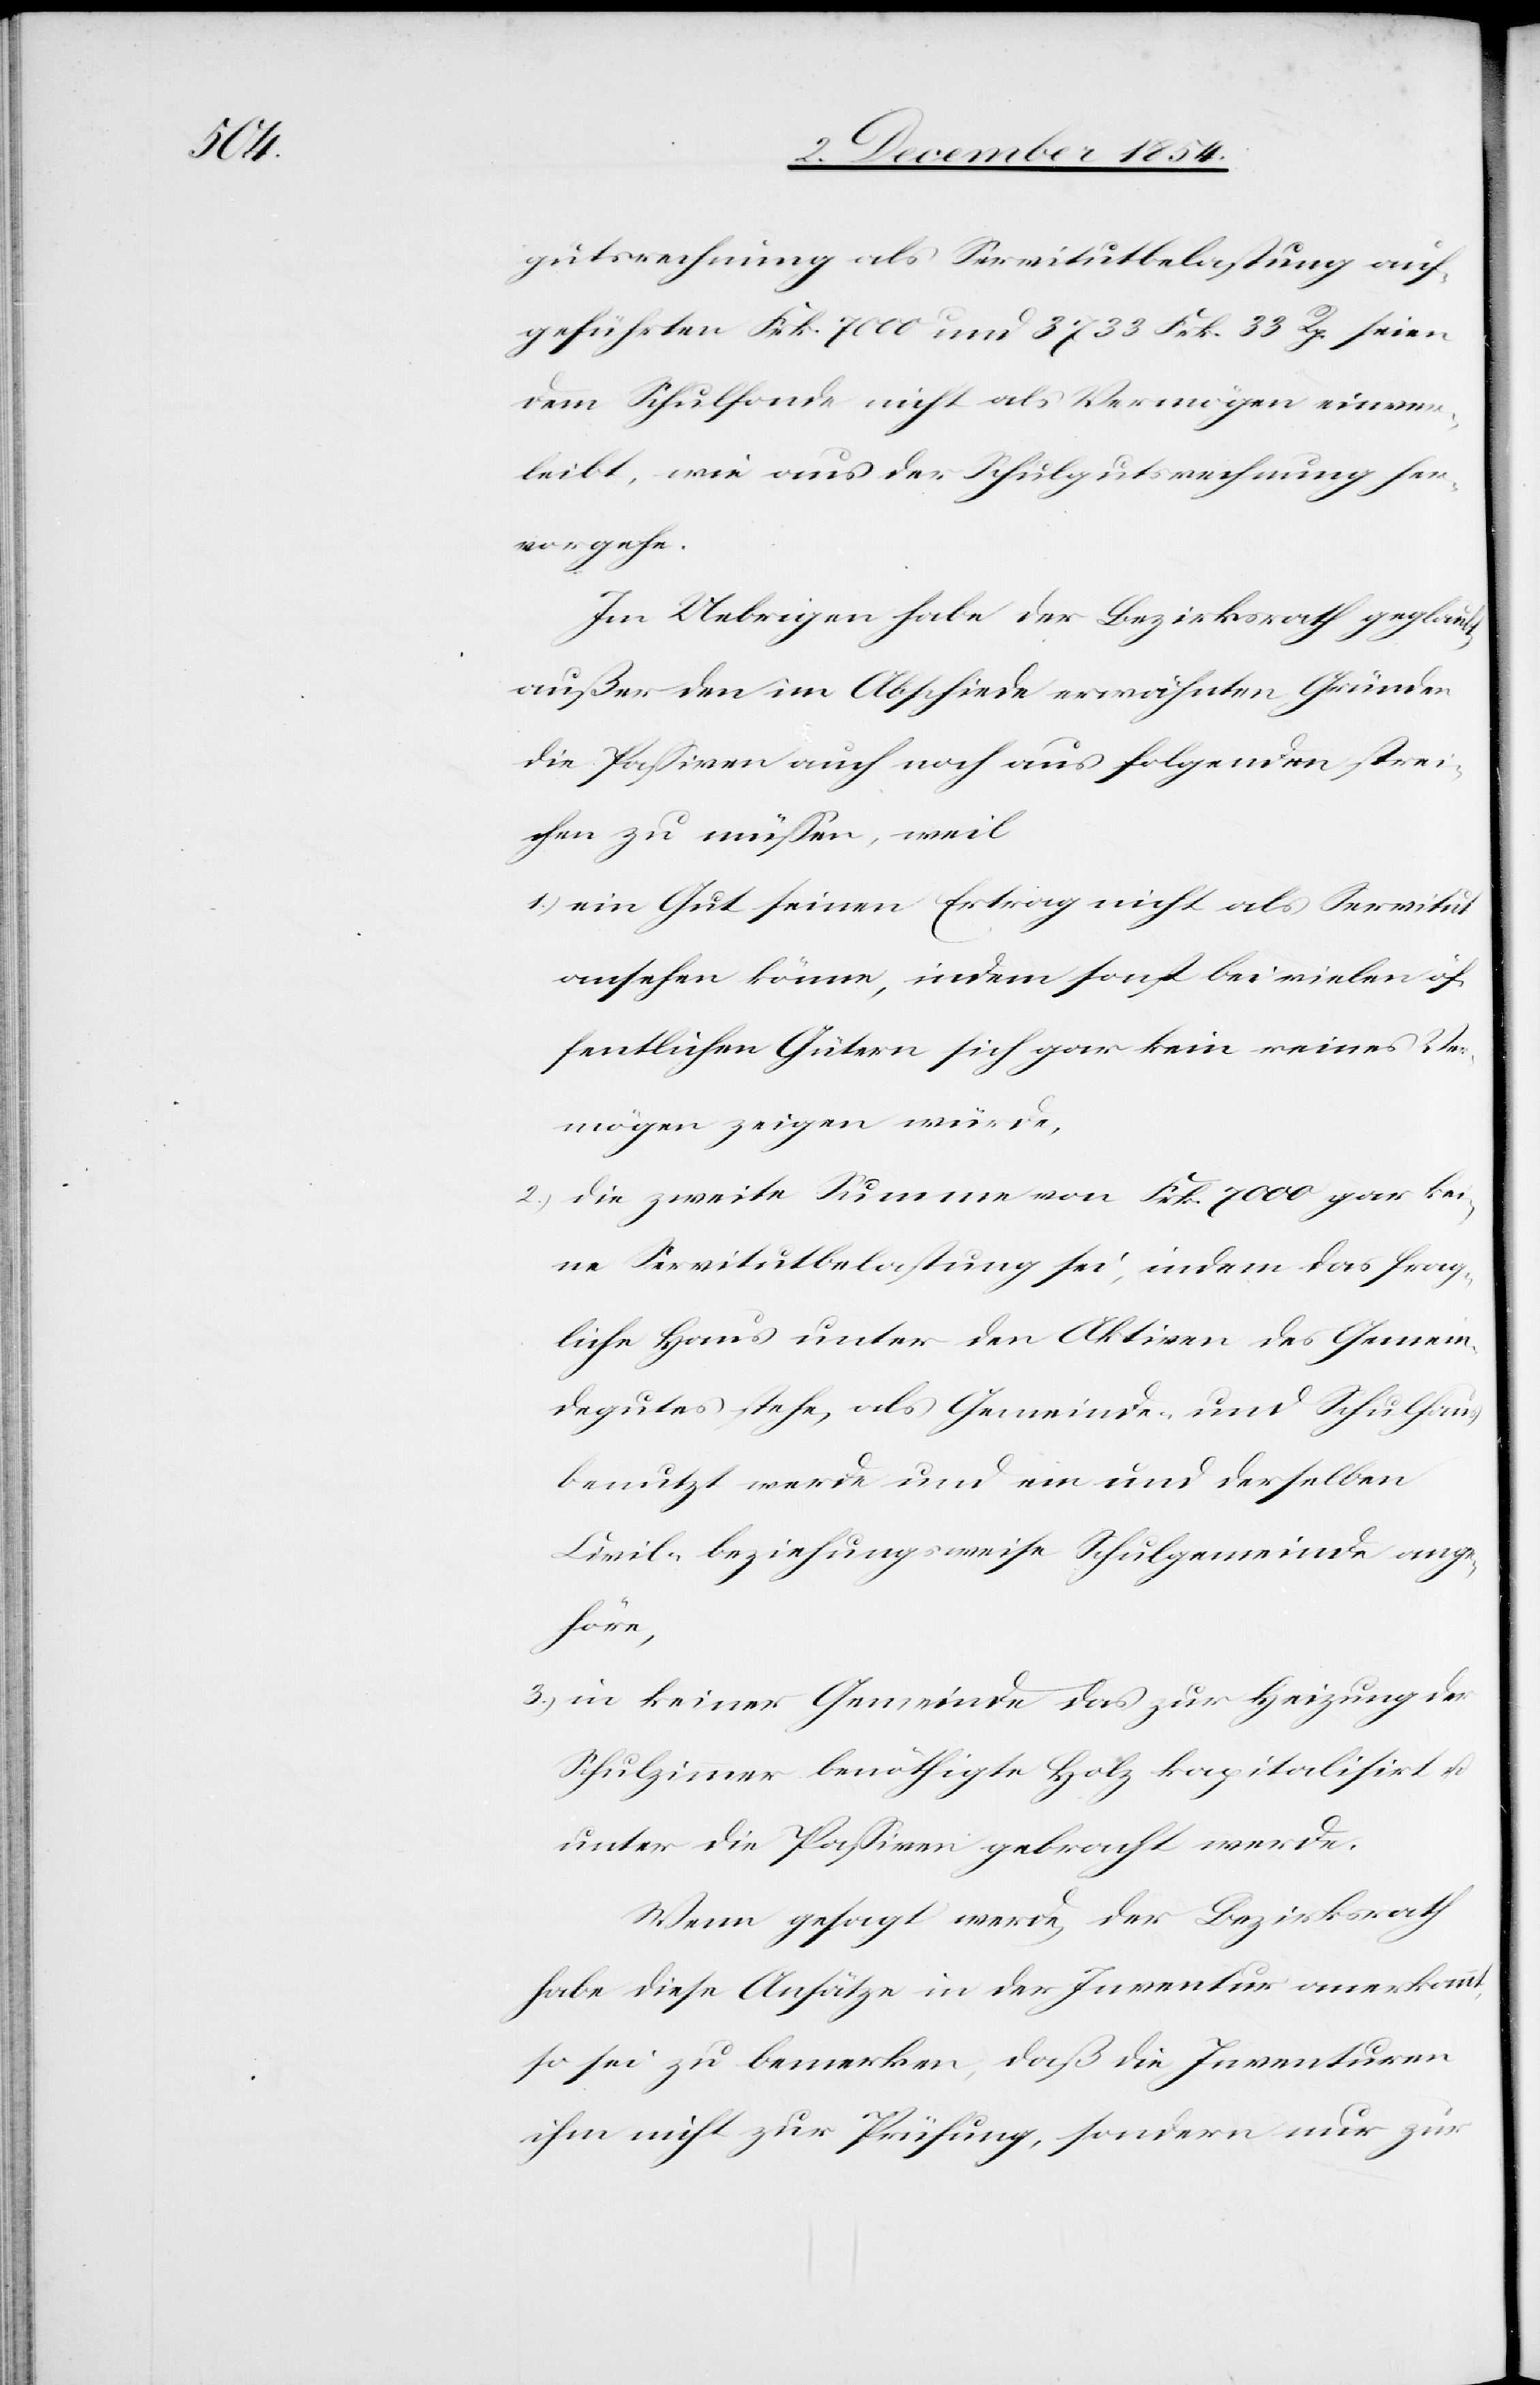
gutsrechnung als Servitutbelastung auf¬
geführten Frk. 7000 und 3733 Frk. 33 Rp. seien
dem Schulfonde nicht als Vermögen einver¬
leibt, wie aus der Schulgutsrechnung her¬
vorgehe.
Im Uebrigen habe der Bezirksrath geglaubt,
außer den im Abschiede erwähnten Gründen
die Paßiven auch noch aus folgenden strei¬
chen zu müßen, weil
1.) ein Gut seinen Ertrag nicht als Servitut
ansehen könne, indem sonst bei vielen öf¬
fentlichen Gütern sich gar kein reines Ver¬
mögen zeigen würde,
2.) die zweite Summe von Frk. 7000 gar kei¬
ne Servitutbelastung sei, indem das frag¬
liche Haus unter den Aktiven des Gemein¬
degutes stehe, als Gemeinde- und Schulhaus
benutzt werde und ein und derselben
Civil- beziehungsweise Schulgemeinde ange¬
höre,
3.) in keiner Gemeinde das zur Heizung der
Schulzimmer benöthigte Holz kapitalisirt u.
unter die Paßiven gebracht werde.
Wenn gesagt werde, der Bezirksrath
habe diese Ansätze in der Inventur anerkannt,
so sei zu bemerken, daß die Inventuren
ihm nicht zur Prüfung, sondern nur zur